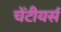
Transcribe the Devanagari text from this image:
चेंटीयर्स